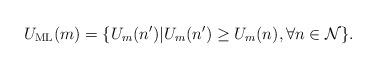
LaTeX: \begin{align*}U_{\textrm{ML}}(m) = \{U_{m}(n')| U_{m}(n')\geq U_{m}(n), \forall n \in \mathcal{N} \}.\end{align*}